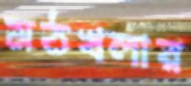
মঠখলার